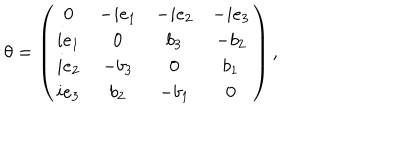
\theta = \left( \begin{array} { c c c c } { { 0 } } & { { - i e _ { 1 } } } & { { - i e _ { 2 } } } & { { - i e _ { 3 } } } \\ { { i e _ { 1 } } } & { { 0 } } & { { b _ { 3 } } } & { { - b _ { 2 } } } \\ { { i e _ { 2 } } } & { { - b _ { 3 } } } & { { 0 } } & { { b _ { 1 } } } \\ { { i e _ { 3 } } } & { { b _ { 2 } } } & { { - b _ { 1 } } } & { { 0 } } \\ \end{array} \right) ,